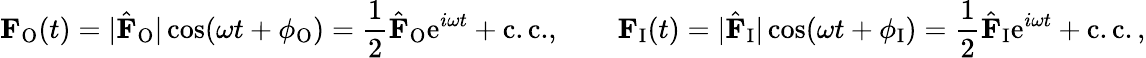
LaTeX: \mathbf{F}_{\mathrm{O}}(t)=|\hat{\mathbf{F}}_{\mathrm{O}}|\cos(\omega t+\phi_{\mathrm{O}})=\frac{1}{2}\hat{\mathbf{F}}_{\mathrm{O}}\mathrm{e}^{i\omega t}+\mathrm{c.c.},\qquad\mathbf{F}_{\mathrm{I}}(t)=|\hat{\mathbf{F}}_{\mathrm{I}}|\cos(\omega t+\phi_{\mathrm{I}})=\frac{1}{2}\hat{\mathbf{F}}_{\mathrm{I}}\mathrm{e}^{i\omega t}+\mathrm{c.c.}\, ,